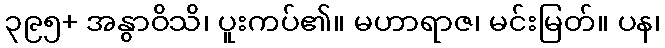
၃၉၅+ အနွာဝိသိ၊ ပူးကပ်၏။ မဟာရာဇ၊ မင်းမြတ်။ ပန၊